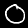
Label: 0